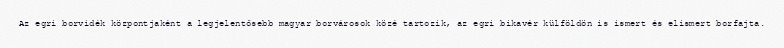
Az egri borvidék központjaként a legjelentősebb magyar borvárosok közé tartozik, az egri bikavér külföldön is ismert és elismert borfajta.